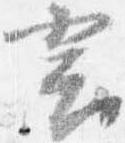
言